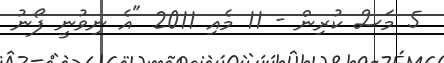
5 މަސް ކުރިން - 11 މެއި 2011 "އެ ނިވުނީ ފޯނު